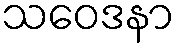
သဝေဒနာ